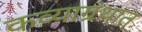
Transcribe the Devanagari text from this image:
कव्याग्रंथात